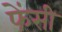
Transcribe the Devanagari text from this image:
फेंसी